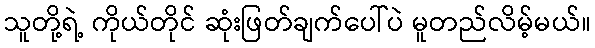
သူတို့ရဲ့ ကိုယ်တိုင် ဆုံးဖြတ်ချက်ပေါ်ပဲ မူတည်လိမ့်မယ်။